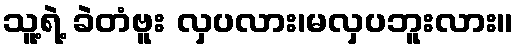
သူ့ရဲ့ ခဲတံဗူး လှပလား၊မလှပဘူးလား။